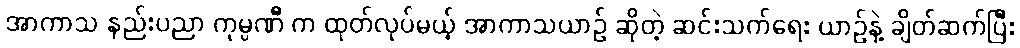
အာကာသ နည်းပညာ ကုမ္ပဏီ က ထုတ်လုပ်မယ့် အာကာသယာဉ် ဆိုတဲ့ ဆင်းသက်ရေး ယာဉ်နဲ့ ချိတ်ဆက်ပြီး